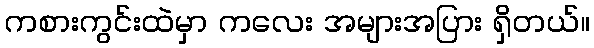
ကစားကွင်းထဲမှာ ကလေး အများအပြား ရှိတယ်။